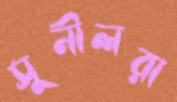
সুনীলরা